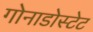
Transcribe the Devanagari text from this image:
गोनाडोस्टेट